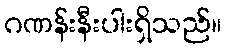
ဂဏန်းနီးပါးရှိသည်။